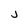
Character: J